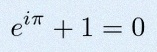
e^{i\pi}+1=0